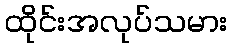
ထိုင်းအလုပ်သမား